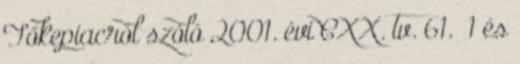
Tőkepiacról szóló 2001. évi CXX. tv. 61.§ 1 és